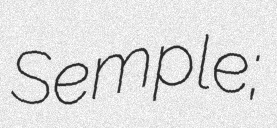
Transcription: Semple;